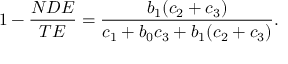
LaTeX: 1 - { \frac { N D E } { T E } } = { \frac { b _ { 1 } ( c _ { 2 } + c _ { 3 } ) } { c _ { 1 } + b _ { 0 } c _ { 3 } + b _ { 1 } ( c _ { 2 } + c _ { 3 } ) } } .